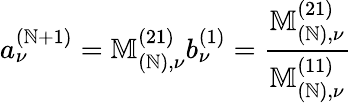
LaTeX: a_{\nu}^{(\mathbb{N}+1)}=\mathbb{{M}}_{(\mathbb{N}),\nu}^{(21)}b_{\nu}^{(1)}=\frac{{\mathbb{{M}}_{(\mathbb{N}),\nu}^{(21)}}}{{\mathbb{{M}}_{(\mathbb{N}),\nu}^{(11)}}}